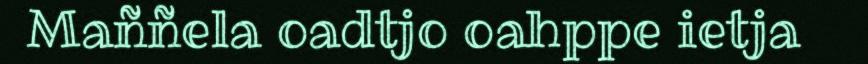
Maññela oadtjo oahppe ietja